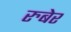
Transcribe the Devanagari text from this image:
रुबेर